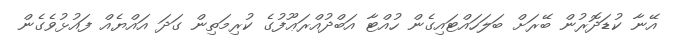
އޭނާ ކުޑަދޮރުން ބޭރަށް ބަލަހައްޓައިގެން ހުއްޓާ އަބްދުއްރަޢޫފުގެ ކުރިމަތިން ގަދަ އައްޔެއް ފައުޅުވެގެން